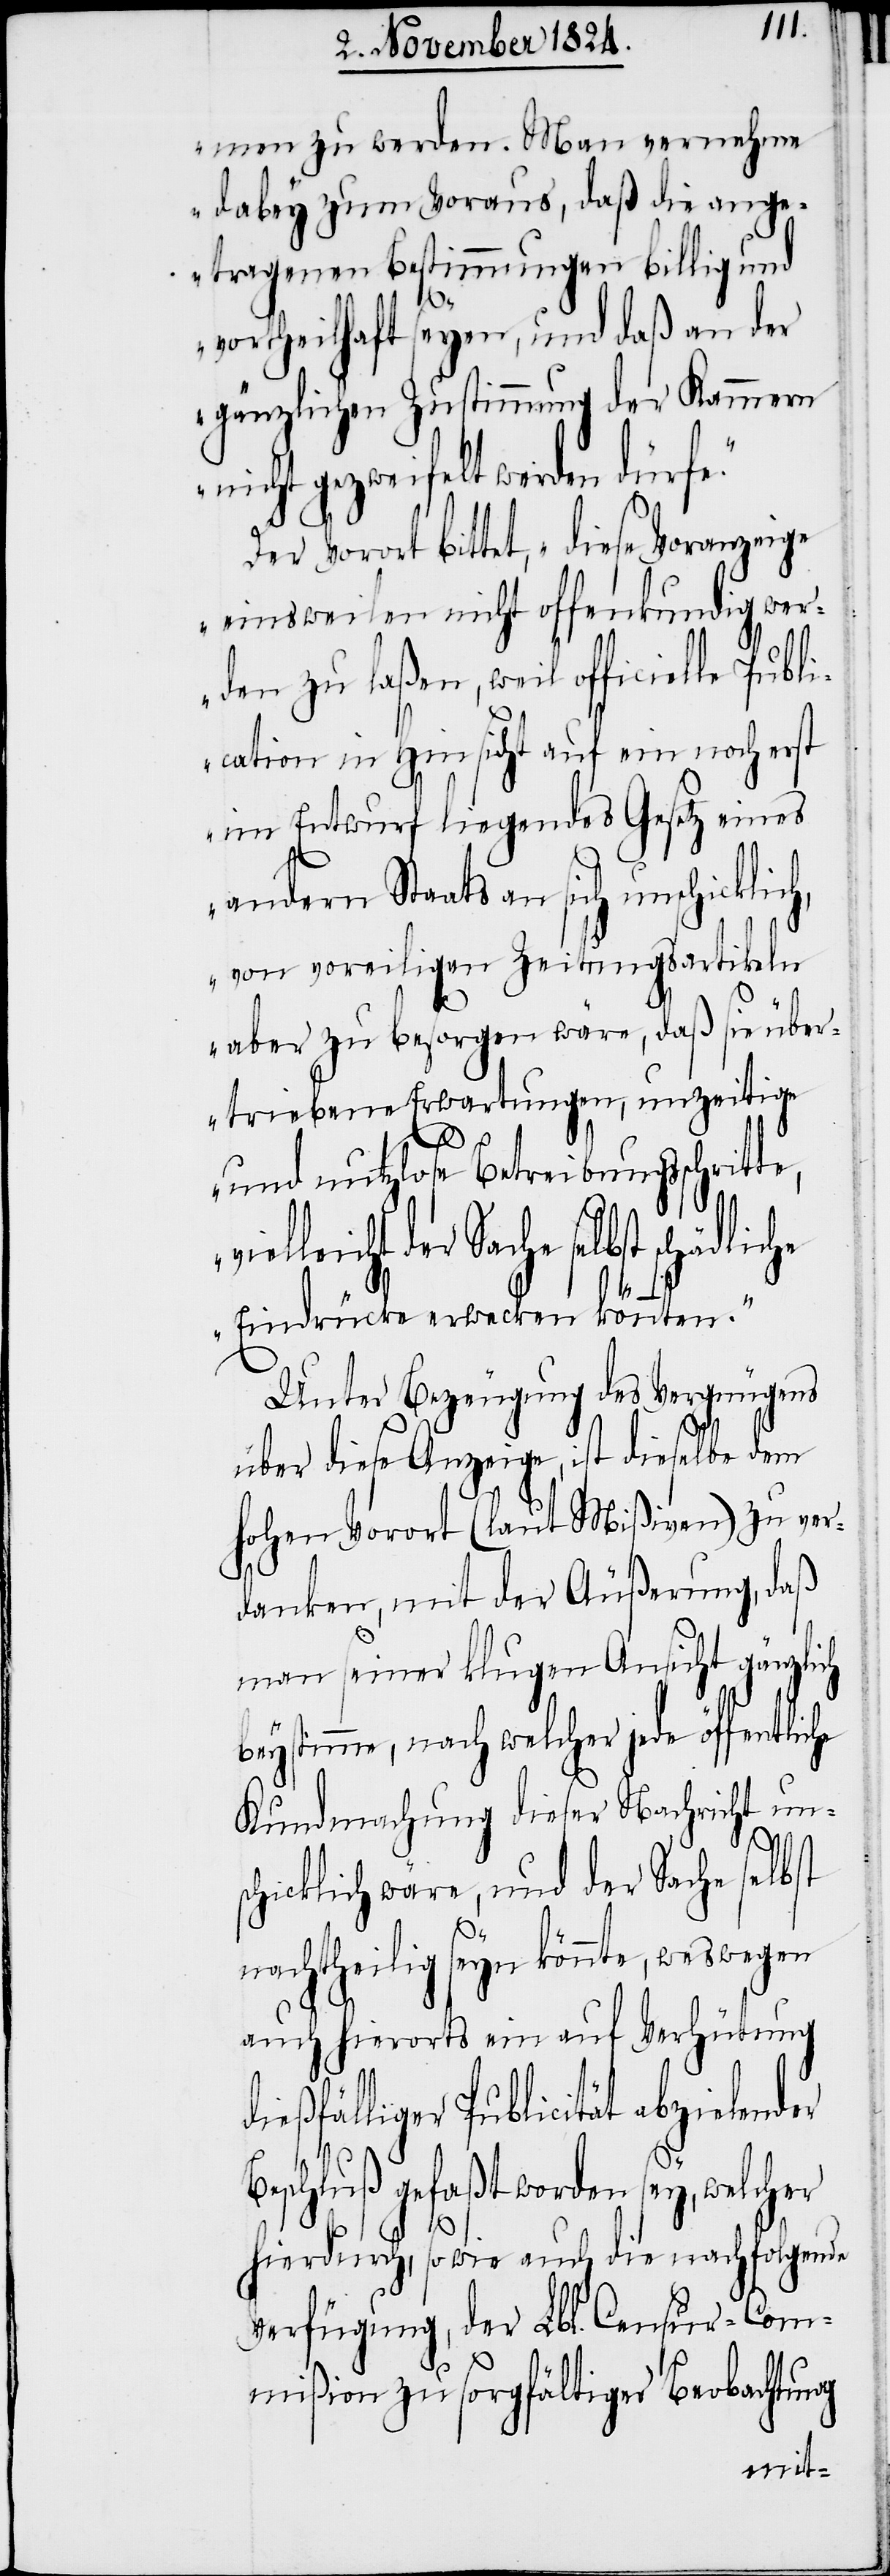
men zu werden. Man vernehme
dabey zum Voraus, daß die ang¬
etragenen Bestimmungen billig und
B¬
vortheilhaft seyen, und daß an der
gänzlichen Zustimmung der Kammern
nicht gezweifelt werden dürfe.“
Der Vorort bittet, „diese Voranzeige
einsweilen nicht offenkundig wer¬
den zu laßen, weil officielle Publi¬
cation in Hinsicht auf ein noch erst
im Entwurf liegendes Gesetz eines
andern Staats an sich
von voreiligen Zeitungsartikeln
aber zu besorgen wäre, daß sie über¬
triebene Erwartungen, unzeitige
und nutzlose Betreibungsschritte,
der Sache selbst schädliche
Eindrücke erwecken könnten.“
Unter Bezeugung des Vergnügens
über diese Anzeige, ist dieselbe dem
hohen Vorort (laut Mißiven) zu ver¬
danken, mit der Äußerung, daß
man seiner klugen Ansicht gänzlich
beystimme, nach welcher jede öffentlic¬
Kundmachung dieser Nachricht uns¬
chicklich wäre, und der Sache selbst
d¬
nachtheilig seyn könnte, weswegen
auch hierorts ein auf Verhütung
ießfälliger Publicität abzielender
eschluß gefaßt worden sey, welcher
hierdurch, sowie auch die nachfolgende
Verfügung, der Lbl. Censur-Com¬
mißion zu sorgfältiger Beobachtung